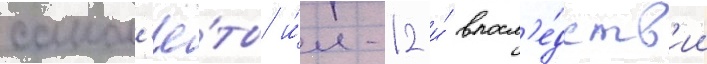
самол'ё́ты и́л-12 и́ впосл'е́дств'ии